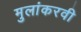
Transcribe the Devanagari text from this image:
मुलांकरवी